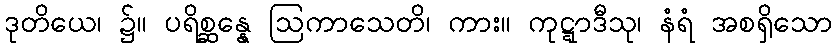
ဒုတိယေ၊ ၌။ ပရိစ္ဆန္နေ ဩကာသေတိ၊ ကား။ ကုဋ္ဋာဒီသု၊ နံရံ အစရှိသော